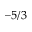
- 5 / 3